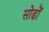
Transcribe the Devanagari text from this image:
सोढोँ